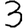
Digit: 3